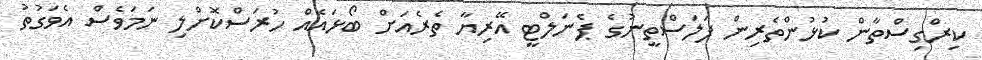
ކިރްގިސްތާން ކުޅުންތެރިން ފަލަސްތީނުގެ ޕެނަލްޓީ އޭރިޔާ ތެރެއަށް ބޯޅައެއް ހުރަސްކޮށްލި ނަމަވެސް އެވަގުތު